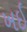
ખઈ